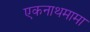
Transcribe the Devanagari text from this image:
एकनाथमामा